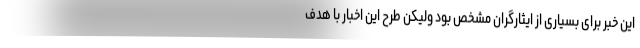
این خبر برای بسیاری از ایثارگران مشخص بود ولیکن طرح این اخبار با هدف